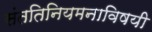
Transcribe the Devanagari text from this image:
संततिनियमनाविषयी